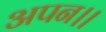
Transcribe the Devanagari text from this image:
अपन।।